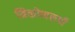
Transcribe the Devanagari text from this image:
त्रिकोणरुपी